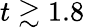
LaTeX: t\gtrsim 1.8